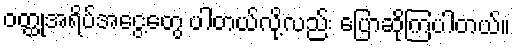
ဝတ္ထုအရိပ်အငွေ့တွေ ပါတယ်လို့လည်း ပြောဆိုကြပါတယ်။